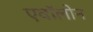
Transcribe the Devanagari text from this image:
एवॉलोन